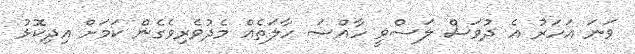
ވަނަ އަހަރު އެ ދުވަސް ލަސްވީ ހާއްސަ ހާލަތެއް މެދުވެރިވެގެން ކަމަށް އިދިކޮޅު